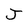
Character: J